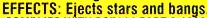
EFFECTS: Ejects stars and bangs